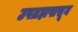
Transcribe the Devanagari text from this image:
उपग्रहापासून